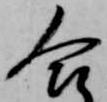
合